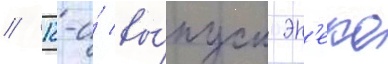
// 12-и́ вы́пуск эн'еко